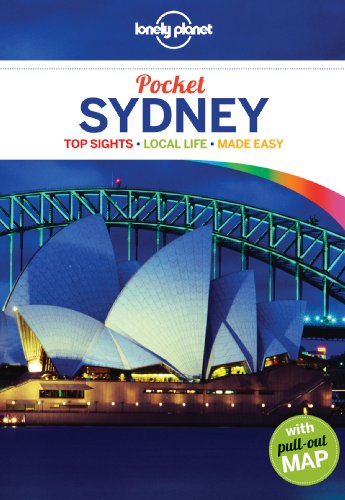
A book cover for Lonely Planet Pocket Sydney (Travel Guide); Lonely Planet; Travel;